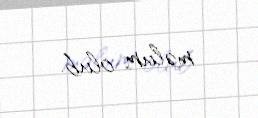
məlum olub.